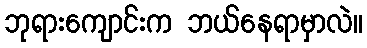
ဘုရားကျောင်းက ဘယ်နေရာမှာလဲ။